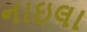
નાઇલા